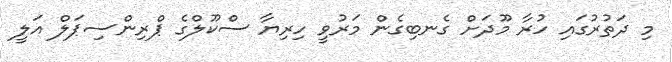
މި ދަތުރުގައި ހުރާ މޫދަށް ގެނބިގެން މަރުވީ ހިރިޔާ ސްކޫލްގެ ޕްރިންސިޕަލް އަލީ